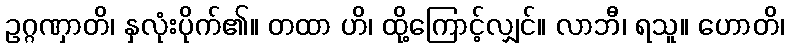
ဥဂ္ဂဏှာတိ၊ နှလုံးပိုက်၏။ တထာ ဟိ၊ ထို့ကြောင့်လျှင်။ လာဘီ၊ ရသူ။ ဟောတိ၊